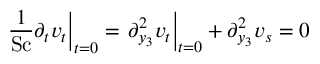
\left. \frac { 1 } { \mathrm { S c } } \partial _ { t } v _ { t } \right| _ { t = 0 } = \left. \partial _ { y _ { 3 } } ^ { 2 } v _ { t } \right| _ { t = 0 } + \partial _ { y _ { 3 } } ^ { 2 } v _ { s } = 0